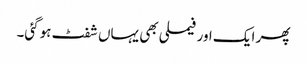
پھر ایک اور فیملی بھی یہاں شفٹ ہوگئی۔